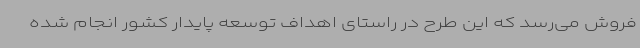
فروش می‌رسد که این طرح در راستای اهداف توسعه پایدار کشور انجام شده